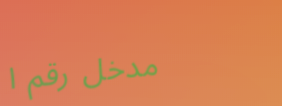
مدخل رقم ١